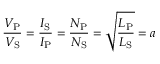
{ \frac { V _ { \mathrm { P } } } { V _ { \mathrm { S } } } } = { \frac { I _ { \mathrm { S } } } { I _ { \mathrm { P } } } } = { \frac { N _ { \mathrm { P } } } { N _ { \mathrm { S } } } } = { \sqrt { \frac { L _ { \mathrm { P } } } { L _ { \mathrm { S } } } } } = a